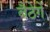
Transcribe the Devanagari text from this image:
बैठेगें